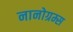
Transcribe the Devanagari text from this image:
नानोग्रम्स